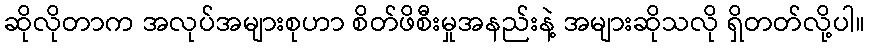
ဆိုလိုတာက အလုပ်အများစုဟာ စိတ်ဖိစီးမှုအနည်းနဲ့ အများဆိုသလို ရှိတတ်လို့ပါ။